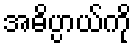
အဓိပ္ပာယ်ကို